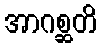
အာဂစ္ဆတိ